Indian journal of veterinary science and animal husbandry - Volumes 22-23, 1952-1953
Year: 1952
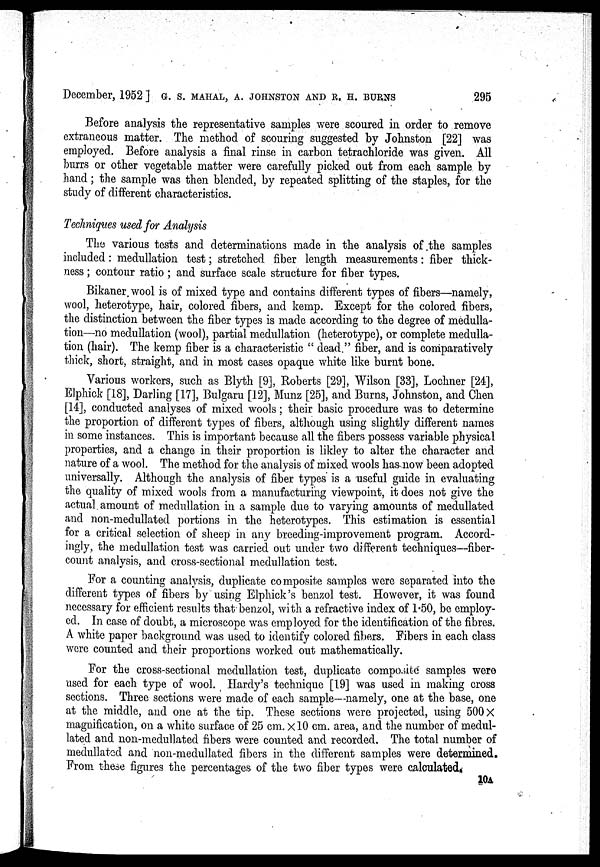
December, 1952] G. S. MAHAL, A. JOHNSTON AND R. H. BURNS 295
Before analysis the representative samples were scoured in order to remove
extraneous matter. The method of scouring suggested by Johnston [22] was
employed. Before analysis a final rinse in carbon tetrachloride was given. All
burrs or other vegetable matter were carefully picked out from each sample by
hand; the sample was then blended, by repeated splitting of the staples, for the
study of different characteristics.
Techniques used for Analysis
The various tests and determinations made in the analysis of the samples
included: medullation test; stretched fiber length measurements: fiber thick-
ness; contour ratio; and surface scale structure for fiber types.
Bikaner wool is of mixed type and contains different types of fibers—namely,
wool, heterotype, hair, colored fibers, and kemp. Except for the colored fibers,
the distinction between the fiber types is made according to the degree of medulla-
tion—no medullation (wool), partial medullation (heterotype), or complete medulla-
tion (hair). The kemp fiber is a characteristic "dead." fiber, and is comparatively
thick, short, straight, and in most cases opaque white like burnt bone.
Various workers, such as Blyth [9], Roberts [29], Wilson [33], Lochner [24],
Elphick [18], Darling [17], Bulgaru [12], Munz [25], and Burns, Johnston, and Chen
[14], conducted analyses of mixed wools; their basic procedure was to determine
the proportion of different types of fibers, although using slightly different names
in some instances. This is important because all the fibers possess variable physical
properties, and a change in their proportion is likley to alter the character and
nature of a wool. The method for the analysis of mixed wools has now been adopted
universally. Although the analysis of fiber types is a useful guide in evaluating
the quality of mixed wools from a manufacturing viewpoint, it does not give the
actual amount of medullation in a sample due to varying amounts of medullated
and non-medullated portions in the heterotypes. This estimation is essential
for a critical selection of sheep in any breeding-improvement program. Accord-
ingly, the medullation test was carried out under two different techniques—fiber-
count analysis, and cross-sectional medullation test.
For a counting analysis, duplicate composite samples were separated into the
different types of fibers by using Elphick's benzol test. However, it was found
necessary for efficient results that benzol, with a refractive index of 1.50, be employ-
ed. In case of doubt, a microscope was employed for the identification of the fibres.
A white paper background was used to identify colored fibers. Fibers in each class
were counted and their proportions worked out mathematically.
For the cross-sectional medullation test, duplicate composite samples were
used for each type of wool. Hardy's technique [19] was used in making cross
sections. Three sections were made of each sample—namely, one at the base, one
at the middle, and one at the tip. These sections were projected, using 500 X
magnification, on a white surface of 25 cm. X10 cm. area, and the number of medul-
lated and non-medullated fibers were counted and recorded. The total number of
medullated and non-medullated fibers in the different samples were determined.
From these figures the percentages of the two fiber types were calculated.
10A